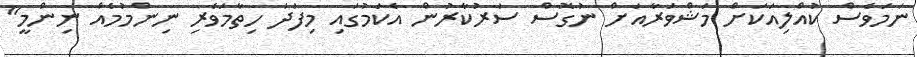
ނަމަވެސް ކުއްލިއަކަށް މަޝްވަރާއަށް ނުގޮސް ސަރުކާރުން އެކަމުގައި މިފަދަ ހިތާމަވެރި ނިންމުމެއް ނިންމީ"